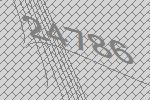
24786